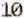
10